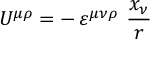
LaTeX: U ^ { \mu \rho } = - \, \varepsilon ^ { \mu \nu \rho } \ \frac { x _ { \nu } } { r }